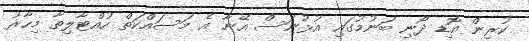
ކުރިން އޮޑި ދޯނި ބަނުމުގައި އުޅުނަސް އޭނާ އެ މަސައްކަތް ހުއްޓާލިތާ މިހާރު